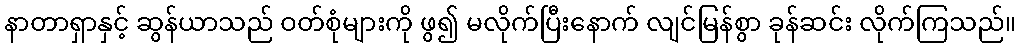
နာတာရှာနှင့် ဆွန်ယာသည် ဝတ်စုံများကို ဖွ၍ မလိုက်ပြီးနောက် လျင်မြန်စွာ ခုန်ဆင်း လိုက်ကြသည်။